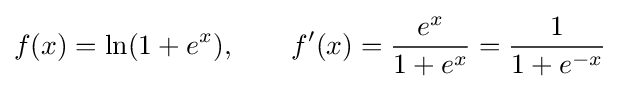
f(x)=\ln(1+e^{x}),\qquad f'(x)={\frac {e^{x}}{1+e^{x}}}={\frac {1}{1+e^{-x}}}